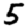
Digit: 5